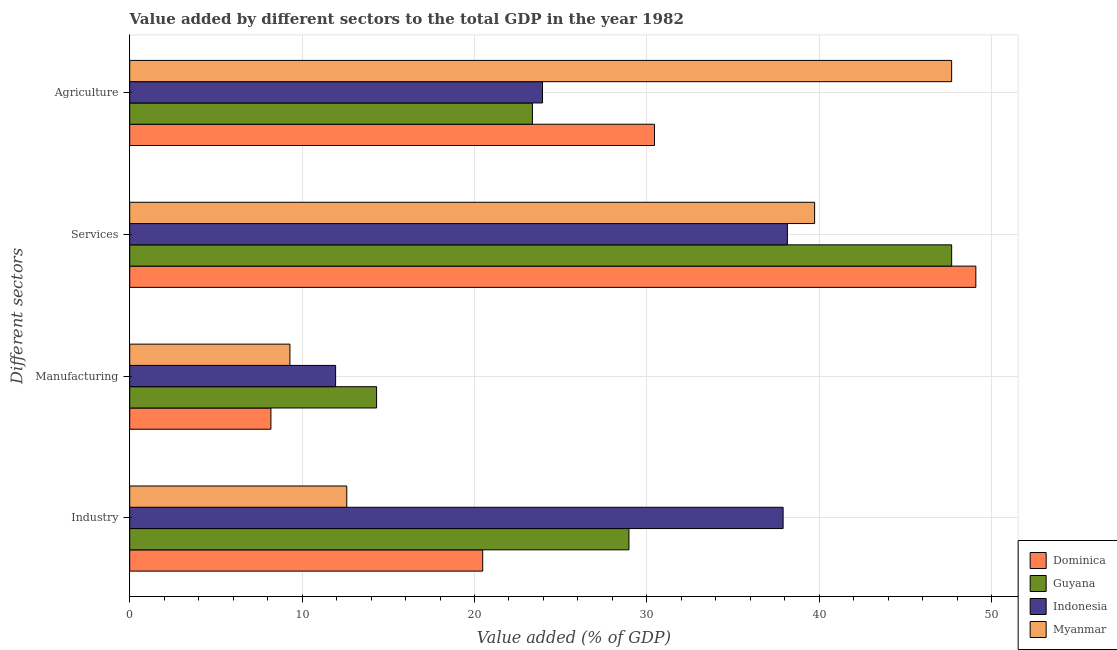
| Different sectors | Dominica | Guyana | Indonesia | Myanmar |
 | --- | --- | --- | --- | --- |
 | Industry | 20.5 | 29 | 37.9 | 12.6 |
 | Manufacturing | 8.19 | 14.3 | 11.9 | 9.29 |
 | Services | 49.1 | 47.7 | 38.2 | 39.7 |
 | Agriculture | 30.4 | 23.4 | 23.9 | 47.7 |